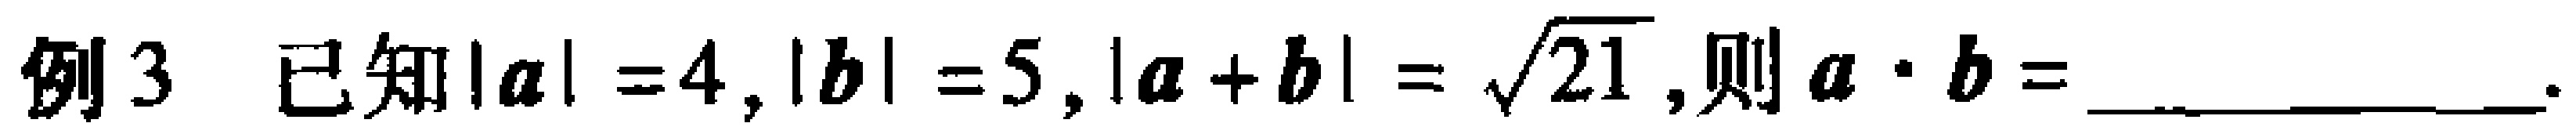
例3 已知$|\boldsymbol{a}| = 4,|\boldsymbol{b}| = 5,|\boldsymbol{a}+\boldsymbol{b}|=\sqrt{21}$,则$\boldsymbol{a}\cdot\boldsymbol{b}=$__________.